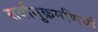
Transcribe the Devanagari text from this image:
सर्वानुक्रमणियाँ